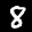
Label: 8